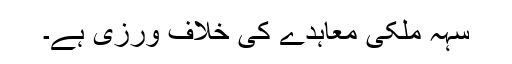
سہہ ملکی معاہدے کی خلاف ورزی ہے۔